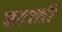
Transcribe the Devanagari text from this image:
बटाती